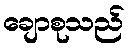
ချောစုသည်